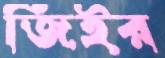
জিইর